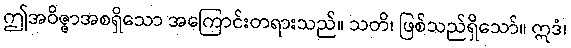
ဤအဝိဇ္ဇာအစရှိသော အကြောင်းတရားသည်။ သတိ၊ ဖြစ်သည်ရှိသော်။ ဣဒံ၊